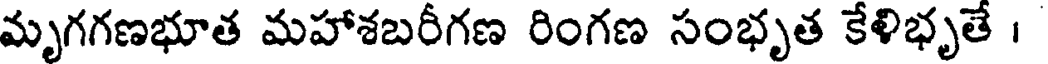
మృగగణభూత మహాశబరీగణ రింగణ సంభృత కేళిభృతే ।